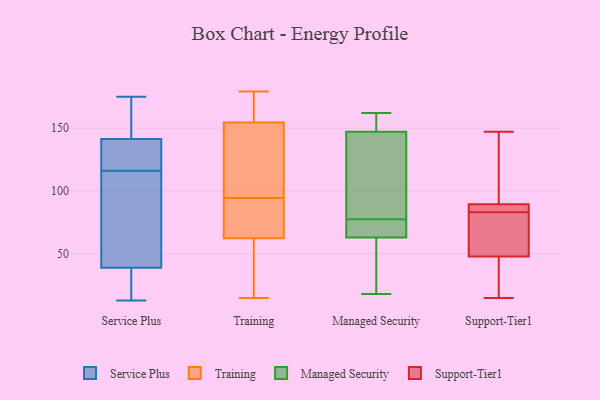
{"axis": {"x": "Page Views", "y": "Value"}, "legend": ["Managed Security", "Service Plus", "Support-Tier1", "Training"], "data": [{"x": "", "y": 63, "type": "Service Plus"}, {"x": "", "y": 13, "type": "Service Plus"}, {"x": "", "y": 125, "type": "Service Plus"}, {"x": "", "y": 130, "type": "Service Plus"}, {"x": "", "y": 78, "type": "Service Plus"}, {"x": "", "y": 136, "type": "Service Plus"}, {"x": "", "y": 19, "type": "Service Plus"}, {"x": "", "y": 175, "type": "Service Plus"}, {"x": "", "y": 116, "type": "Service Plus"}, {"x": "", "y": 175, "type": "Service Plus"}, {"x": "", "y": 70, "type": "Service Plus"}, {"x": "", "y": 174, "type": "Service Plus"}, {"x": "", "y": 29, "type": "Service Plus"}, {"x": "", "y": 143, "type": "Service Plus"}, {"x": "", "y": 31, "type": "Service Plus"}, {"x": "", "y": 26, "type": "Training"}, {"x": "", "y": 38, "type": "Training"}, {"x": "", "y": 169, "type": "Training"}, {"x": "", "y": 15, "type": "Training"}, {"x": "", "y": 104, "type": "Training"}, {"x": "", "y": 90, "type": "Training"}, {"x": "", "y": 70, "type": "Training"}, {"x": "", "y": 89, "type": "Training"}, {"x": "", "y": 73, "type": "Training"}, {"x": "", "y": 55, "type": "Training"}, {"x": "", "y": 176, "type": "Training"}, {"x": "", "y": 25, "type": "Training"}, {"x": "", "y": 131, "type": "Training"}, {"x": "", "y": 179, "type": "Training"}, {"x": "", "y": 160, "type": "Training"}, {"x": "", "y": 127, "type": "Training"}, {"x": "", "y": 149, "type": "Training"}, {"x": "", "y": 81, "type": "Training"}, {"x": "", "y": 99, "type": "Training"}, {"x": "", "y": 168, "type": "Training"}, {"x": "", "y": 57, "type": "Managed Security"}, {"x": "", "y": 87, "type": "Managed Security"}, {"x": "", "y": 74, "type": "Managed Security"}, {"x": "", "y": 20, "type": "Managed Security"}, {"x": "", "y": 37, "type": "Managed Security"}, {"x": "", "y": 81, "type": "Managed Security"}, {"x": "", "y": 18, "type": "Managed Security"}, {"x": "", "y": 147, "type": "Managed Security"}, {"x": "", "y": 159, "type": "Managed Security"}, {"x": "", "y": 162, "type": "Managed Security"}, {"x": "", "y": 86, "type": "Managed Security"}, {"x": "", "y": 70, "type": "Managed Security"}, {"x": "", "y": 69, "type": "Managed Security"}, {"x": "", "y": 73, "type": "Managed Security"}, {"x": "", "y": 157, "type": "Managed Security"}, {"x": "", "y": 147, "type": "Managed Security"}, {"x": "", "y": 88, "type": "Support-Tier1"}, {"x": "", "y": 147, "type": "Support-Tier1"}, {"x": "", "y": 55, "type": "Support-Tier1"}, {"x": "", "y": 90, "type": "Support-Tier1"}, {"x": "", "y": 41, "type": "Support-Tier1"}, {"x": "", "y": 83, "type": "Support-Tier1"}, {"x": "", "y": 15, "type": "Support-Tier1"}, {"x": "", "y": 84, "type": "Support-Tier1"}, {"x": "", "y": 145, "type": "Support-Tier1"}, {"x": "", "y": 23, "type": "Support-Tier1"}, {"x": "", "y": 57, "type": "Support-Tier1"}, {"x": "", "y": 103, "type": "Support-Tier1"}, {"x": "", "y": 46, "type": "Support-Tier1"}, {"x": "", "y": 71, "type": "Support-Tier1"}, {"x": "", "y": 45, "type": "Support-Tier1"}, {"x": "", "y": 85, "type": "Support-Tier1"}, {"x": "", "y": 84, "type": "Support-Tier1"}, {"x": "", "y": 109, "type": "Support-Tier1"}, {"x": "", "y": 54, "type": "Support-Tier1"}]}